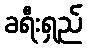
ခရီးရှည်